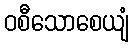
ဝစီသောစေယျံ